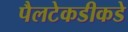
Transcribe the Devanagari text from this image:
पैलटेकडीकडे